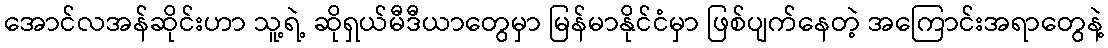
အောင်လအန်ဆိုင်းဟာ သူ့ရဲ့ ဆိုရှယ်မီဒီယာတွေမှာ မြန်မာနိုင်ငံမှာ ဖြစ်ပျက်နေတဲ့ အကြောင်းအရာတွေနဲ့